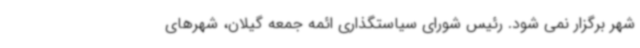
شهر برگزار نمی شود. رئیس شورای سیاستگذاری ائمه جمعه گیلان، شهرهای